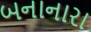
બનાનારા